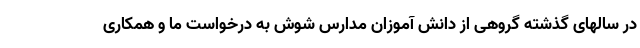
در سالهای گذشته گروهی از دانش آموزان مدارس شوش به درخواستِ ما و همکاری